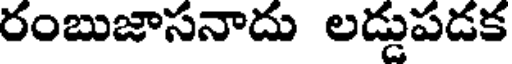
రంబుజాసనాదు లడ్డుపడక